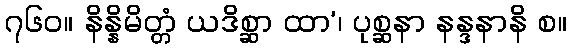
၇၆၀။ နိန္နိမိတ္တံ ယဒိစ္ဆာ ထာ’၊ ပုစ္ဆနာ နန္ဒနာနိ စ။